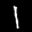
Label: 1